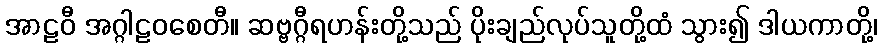
အာဠဝီ အဂ္ဂါဠဝစေတီ။ ဆဗ္ဗဂ္ဂီရဟန်းတို့သည် ပိုးချည်လုပ်သူတို့ထံ သွား၍ ဒါယကာတို့၊